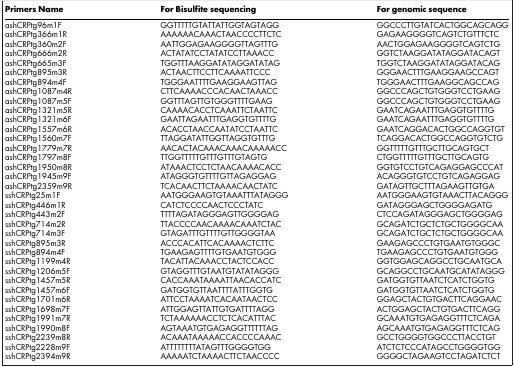
<table><thead><tr><td><b>Primers Name</b></td><td><b>For Bisulfite sequencing</b></td><td><b>For genomic sequence</b></td></tr></thead><tbody><tr><td>ashCRPtg96m1F</td><td>GGTTTTTGTATTATTGGTAGTAGG</td><td>GGCCCTTGTATCACTGGCAGCAGG</td></tr><tr><td>ashCRPtg366m1R</td><td>AAAAAACAAACTAACCCCTTCTC</td><td>GAGAAGGGGTCAGTCTGTTTCTC</td></tr><tr><td>ashCRPtg360m2F</td><td>AATTGGAGAAGGGGTTAGTTTG</td><td>AACTGGAGAAGGGGTCAGTCTG</td></tr><tr><td>ashCRPtg666m2R</td><td>ACTATATCCTATATCCTTAAACC</td><td>GGTCTAAGGATATAGGATACAGT</td></tr><tr><td>ashCRPtg665m3F</td><td>TGGTTTAAGGATATAGGATATAG</td><td>TGGTCTAAGGATATAGGATACAG</td></tr><tr><td>ashCRPtg895m3R</td><td>ACTAACTTCCTTCAAAATTCCC</td><td>GGGAACTTTGAAGGAAGCCAGT</td></tr><tr><td>ashCRPtg894m4F</td><td>TGGGAATTTTGAAGGAAGTTAG</td><td>TGGGAACTTTGAAGGCAGCCAG</td></tr><tr><td>ashCRPtg1087m4R</td><td>CTTCAAAACCCACAACTAAACC</td><td>GGCCCAGCTGTGGGTCCTGAAG</td></tr><tr><td>ashCRPtg1087m5F</td><td>GGTTTAGTTGTGGGTTTTGAAG</td><td>GGCCCAGCTGTGGGTCCTGAAG</td></tr><tr><td>ashCRPtg1321m5R</td><td>CAAAACACCTCAAATTCTAATTC</td><td>GAATCAGAATTTGAGGTGTTTTG</td></tr><tr><td>ashCRPtg1321m6F</td><td>GAATTAGAATTTGAGGTGTTTTG</td><td>GAATCAGAATTTGAGGTGTTTTG</td></tr><tr><td>ashCRPtg1557m6R</td><td>ACACCTAACCAATATCCTAATTC</td><td>GAATCAGGACACTGGCCAGGTGT</td></tr><tr><td>ashCRPtg1560m7F</td><td>TTAGGATATTGGTTAGGTGTTTG</td><td>TCAGGACACTGGCCAGGTGTCTG</td></tr><tr><td>ashCRPtg1779m7R</td><td>AACACTACAAACAAACAAAAACC</td><td>GGTTTTTGTTTGCTTGCAGTGCT</td></tr><tr><td>ashCRPtg1797m8F</td><td>TTGGTTTTTGTTTGTTTGTAGTG</td><td>CTGGTTTTTGTTTGCTTGCAGTG</td></tr><tr><td>ashCRPtg1950m8R</td><td>ATAAACTCCTCTAACAAAACACC</td><td>GGTGTCCTGTCAGAGGAGCCCAT</td></tr><tr><td>ashCRPtg1945m9F</td><td>ATAGGGTGTTTTGTTAGAGGAG</td><td>ACAGGGTGTCCTGTCAGAGGAG</td></tr><tr><td>ashCRPtg2359m9R</td><td>TCACAACTTCTAAAACAACTATC</td><td>GATAGTTGCTTTAGAAGTTGTGA</td></tr><tr><td>sshCRPtg25m1F</td><td>AATGGGAAGTGTAAATTTATAGGG</td><td>AATGGGAAGTGTAAACTTACAGGG</td></tr><tr><td>sshCRPtg446m1R</td><td>CATCTCCCCAACTCCCTATC</td><td>GATAGGGAGCTGGGGAGATG</td></tr><tr><td>sshCRPtg443m2F</td><td>TTTTAGATAGGGAGTTGGGGAG</td><td>CTCCAGATAGGGAGCTGGGGAG</td></tr><tr><td>sshCRPtg714m2R</td><td>TTACCCCAACAAAACAAATCTAC</td><td>GCAGATCTGCTCTGCTGGGGCAA</td></tr><tr><td>sshCRPtg714m3F</td><td>GTAGATTTGTTTTGTTGGGGTAA</td><td>GCAGATCTGCTCTGCTGGGGCAA</td></tr><tr><td>sshCRPtg895m3R</td><td>ACCCACATTCACAAAACTCTTC</td><td>GAAGAGCCCTGTGAATGTGGGC</td></tr><tr><td>sshCRPtg894m4F</td><td>TGAAGAGTTTTGTGAATGTGGG</td><td>TGAAGAGCCCTGTGAATGTGGG</td></tr><tr><td>sshCRPtg1199m4R</td><td>TACATTACAAACCTACTCCACC</td><td>GGTGGAGCAGGCCTGCAATGCA</td></tr><tr><td>sshCRPtg1206m5F</td><td>GTAGGTTTGTAATGTATATAGGG</td><td>GCAGGCCTGCAATGCATATAGGG</td></tr><tr><td>sshCRPtg1457m5R</td><td>CACCAAATAAAATTAACACCATC</td><td>GATGGTGTTAATCTCATCTGGTG</td></tr><tr><td>sshCRPtg1457m6F</td><td>GATGGTGTTAATTTTATTTGGTG</td><td>GATGGTGTTAATCTCATCTGGTG</td></tr><tr><td>sshCRPtg1701m6R</td><td>ATTCCTAAAATCACAATAACTCC</td><td>GGAGCTACTGTGACTTCAGGAAC</td></tr><tr><td>sshCRPtg1698m7F</td><td>ATTGGAGTTATTGTGATTTTAGG</td><td>ACTGGAGCTACTGTGACTTCAGG</td></tr><tr><td>sshCRPtg1991m7R</td><td>TCTAAAAAACCTCTCACATTTAC</td><td>GCAAATGTGAGAGGTTTCTCAGA</td></tr><tr><td>sshCRPtg1990m8F</td><td>AGTAAATGTGAGAGGTTTTTTAG</td><td>AGCAAATGTGAGAGGTTTCTCAG</td></tr><tr><td>sshCRPtg2239m8R</td><td>ACAAATAAAAACCACCCCAAAC</td><td>GCCTGGGGTGGCCCTTACCTGT</td></tr><tr><td>sshCRPtg2228m9F</td><td>ATTTTTTTTATAGTTTGGGGTGG</td><td>ATCTCTCCCATAGCCTGGGGTGG</td></tr><tr><td>sshCRPtg2394m9R</td><td>AAAAATCTAAAACTTCTAACCCC</td><td>GGGGCTAGAAGTCCTAGATCTCT</td></tr></tbody></table>